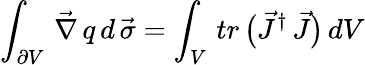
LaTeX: \int_{\partial V}\, \vec{\nabla}\, q\, d\, \vec{\sigma}=\int_{V}\, tr\, \bigl(\vec{J}^{\dagger}\, \vec{J}\bigr)\, dV